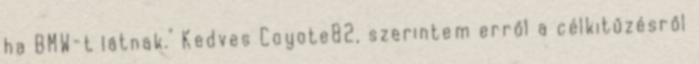
ha BMW-t látnak." Kedves Coyote82, szerintem erről a célkitűzésről